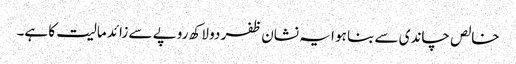
خالص چاندی سے بنا ہو ا یہ نشان ظفر دو لاکھ روپے سے زائد مالیت کا ہے۔